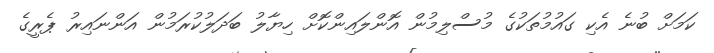
ކަމަށް ބުނެ އެކި ގައުމުތަކުގެ މުސްލިމުން އޮންލައިންކޮށް ހިޔާލު ބަދަލުކުރަމުން އަންނައިރު ޕެރީގެ